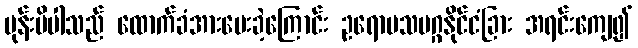
မုန်းမိပါသည် ထောက်ခံအားပေးခဲ့ကြောင်း ဥရောပသမဂ္ဂနိုင်ငံခြား အရင်းကျေ၍